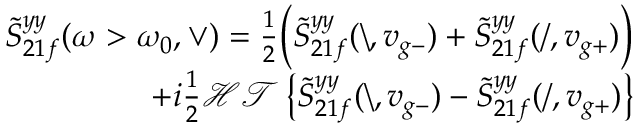
\begin{array} { r } { \tilde { S } _ { 2 1 f } ^ { y y } ( \omega > \omega _ { 0 } , \vee ) = \frac { 1 } { 2 } \Big ( \tilde { S } _ { 2 1 f } ^ { y y } ( \backslash , v _ { g - } ) + \tilde { S } _ { 2 1 f } ^ { y y } ( / , v _ { g + } ) \Big ) } \\ { + i \frac { 1 } { 2 } \mathcal { H T } \left\{ \tilde { S } _ { 2 1 f } ^ { y y } ( \backslash , v _ { g - } ) - \tilde { S } _ { 2 1 f } ^ { y y } ( / , v _ { g + } ) \right\} } \end{array}